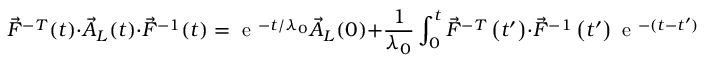
\vec { F } ^ { - T } ( t ) \cdot \vec { A } _ { L } ( t ) \cdot \vec { F } ^ { - 1 } ( t ) = \mathrm { ~ e ~ } ^ { - t / \lambda _ { 0 } } \vec { A } _ { L } ( 0 ) + \frac { 1 } { \lambda _ { 0 } } \int _ { 0 } ^ { t } \vec { F } ^ { - T } \left( t ^ { \prime } \right) \cdot \vec { F } ^ { - 1 } \left( t ^ { \prime } \right) \mathrm { ~ e ~ } ^ { - ( t - t ^ { \prime } ) / \lambda _ { 0 } } ~ \mathrm { d } t ^ { \prime } ,